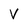
Character: v